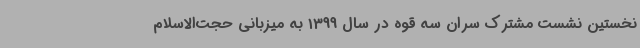
نخستین نشست مشترک سران سه قوه در سال 1399 به میزبانی حجت‌الاسلام